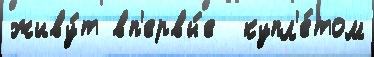
живу́т вп'ервы́е  купл'е́том